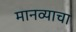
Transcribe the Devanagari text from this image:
मानव्याचा